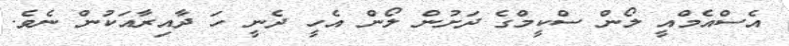
އެސްއެމްއީ ލޯން ސްކީމްގެ ދަށުން ލޯން އެހީ ދެނީ ހަ ދާއިރާއަކުން ނެވެ.